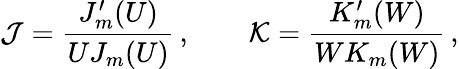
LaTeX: \mathcal{J}=\frac{J_{m}^{\prime}(U)}{UJ_{m}(U)}\, ,\qquad\mathcal{K}=\frac{K_{m}^{\prime}(W)}{WK_{m}(W)}\, ,